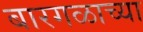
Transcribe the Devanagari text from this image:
बारगळाच्या